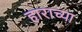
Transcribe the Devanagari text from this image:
हाराच्या